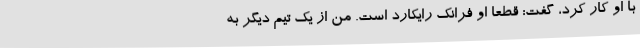
با او کار کرد، گفت: قطعا او فرانک رایکارد است. من از یک تیم دیگر به